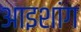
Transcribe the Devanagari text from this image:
आइशांग